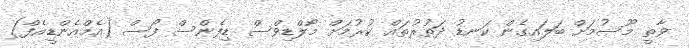
ވާތީ މޫސުމަށް ބަލައިގެން ކަނޑު ދަތުރުތައް ކުރުމަށް މޯލްޑިވްސް ޑިފެންސް ފޯސް (އެމްއެންޑީއެފް)